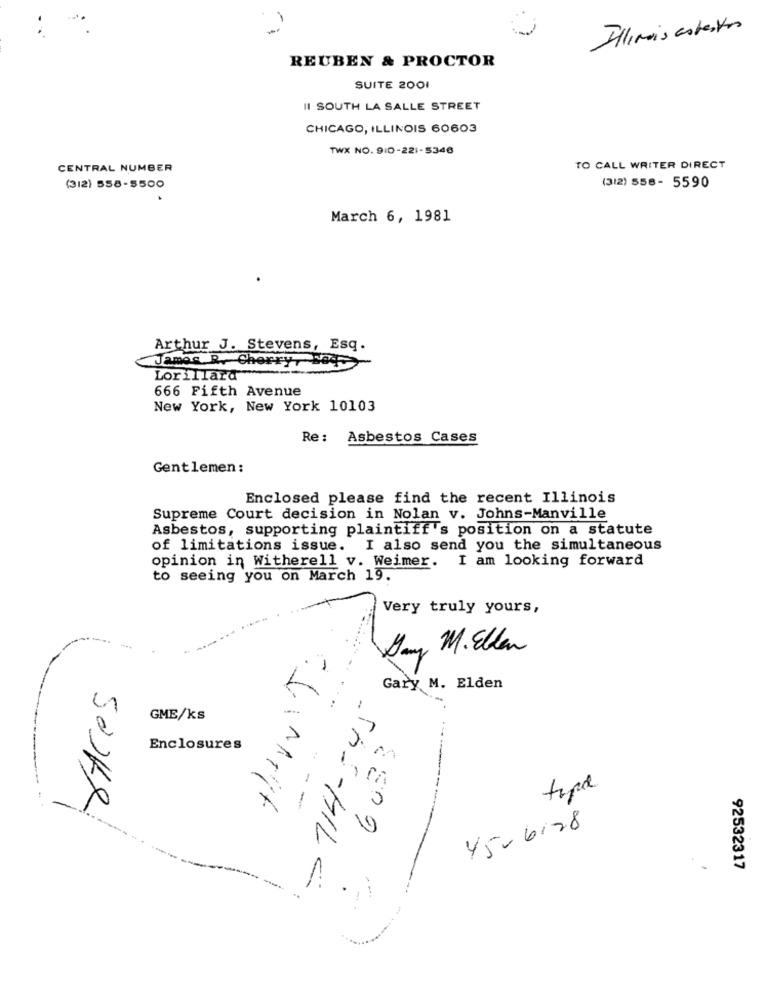
Illinois asbestos
REUBEN & PROCTOR
SUITE 2001
II SOUTH LA SALLE STREET
CHICAGO, ILLINOIS 60603
TWX NO. 9:0-221-5346
CENTRAL NUMBER
TO CALL WRITER DIRECT
(312) 558-5500
(3/2) 558- 5590
March 6, 1981
Arthur J. Stevens, Esq.
James .R. Cherryred
Lorillard
666 Fifth Avenue
New York, New York 10103
Re :
Asbestos Cases
Gentlemen:
Enclosed please find the recent Illinois
Supreme Court decision in Nolan v. Johns-Manville
Asbestos, supporting plaintiff's position on a statute
of limitations issue. I also send you the simultaneous
opinion in Witherell v. Weimer. I am looking forward
to seeing you on March 19.
Very truly yours,
Sony M. Ellen
JACes
Gary M. Elden
..
GME/ks
Enclosures
-
8809
45-6128
92532317
MAS-MILE
.
-